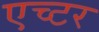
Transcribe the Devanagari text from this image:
एच्टर